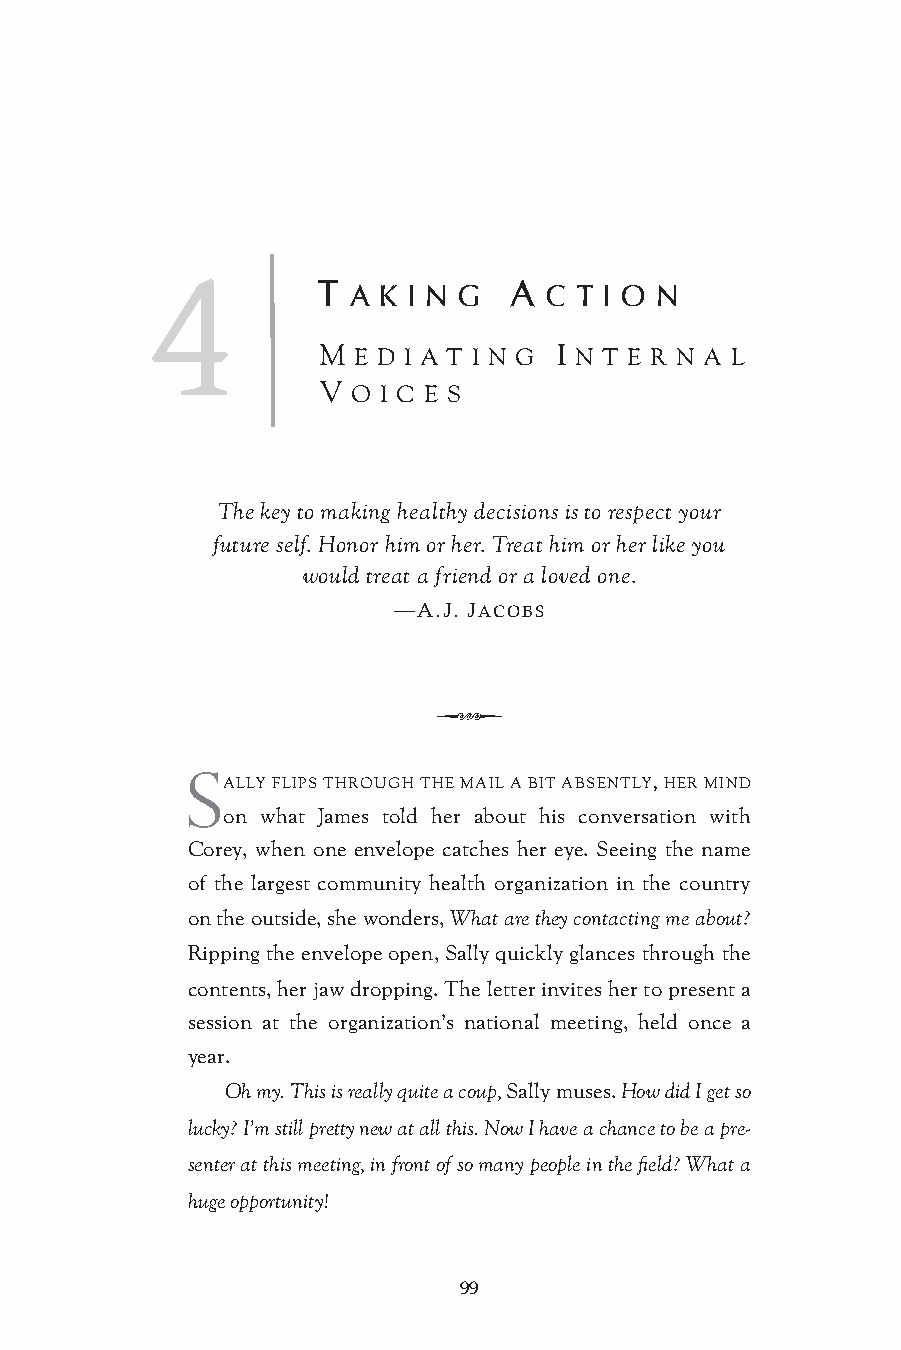
4
 T A K I N G  A C T I O N
 M E D I A T I N G I N T E R N A L
 V O I C E S
 The key to making healthy decisions is to respect your
 future self. Honor him or her. Treat him or her like you
 would treat a friend or a loved one.
 —A.J. JACOBS
 Q
 S
 ALLY FLIPS THROUGH THE MAIL A BIT ABSENTLY, HER MIND
 on what James told her about his conversation with
 Corey, when one envelope catches her eye. Seeing the name
 of the largest community health organization in the country
 on the outside, she wonders, What are they contacting me about?
 Ripping the envelope open, Sally quickly glances through the
 contents, her jaw dropping. The letter invites her to present a
 session at the organization’s national meeting, held once a
 year.
 Oh my. This is really quite a coup, Sally muses. How did I get so
 lucky? I’m still pretty new at all this. Now I have a chance to be a pre-
 senter at this meeting, in front of so many people in the field? What a
 huge opportunity!
 99